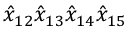
{ \hat { x } } _ { 1 2 } { \hat { x } } _ { 1 3 } { \hat { x } } _ { 1 4 } { \hat { x } } _ { 1 5 }